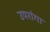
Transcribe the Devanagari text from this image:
उपरांगा